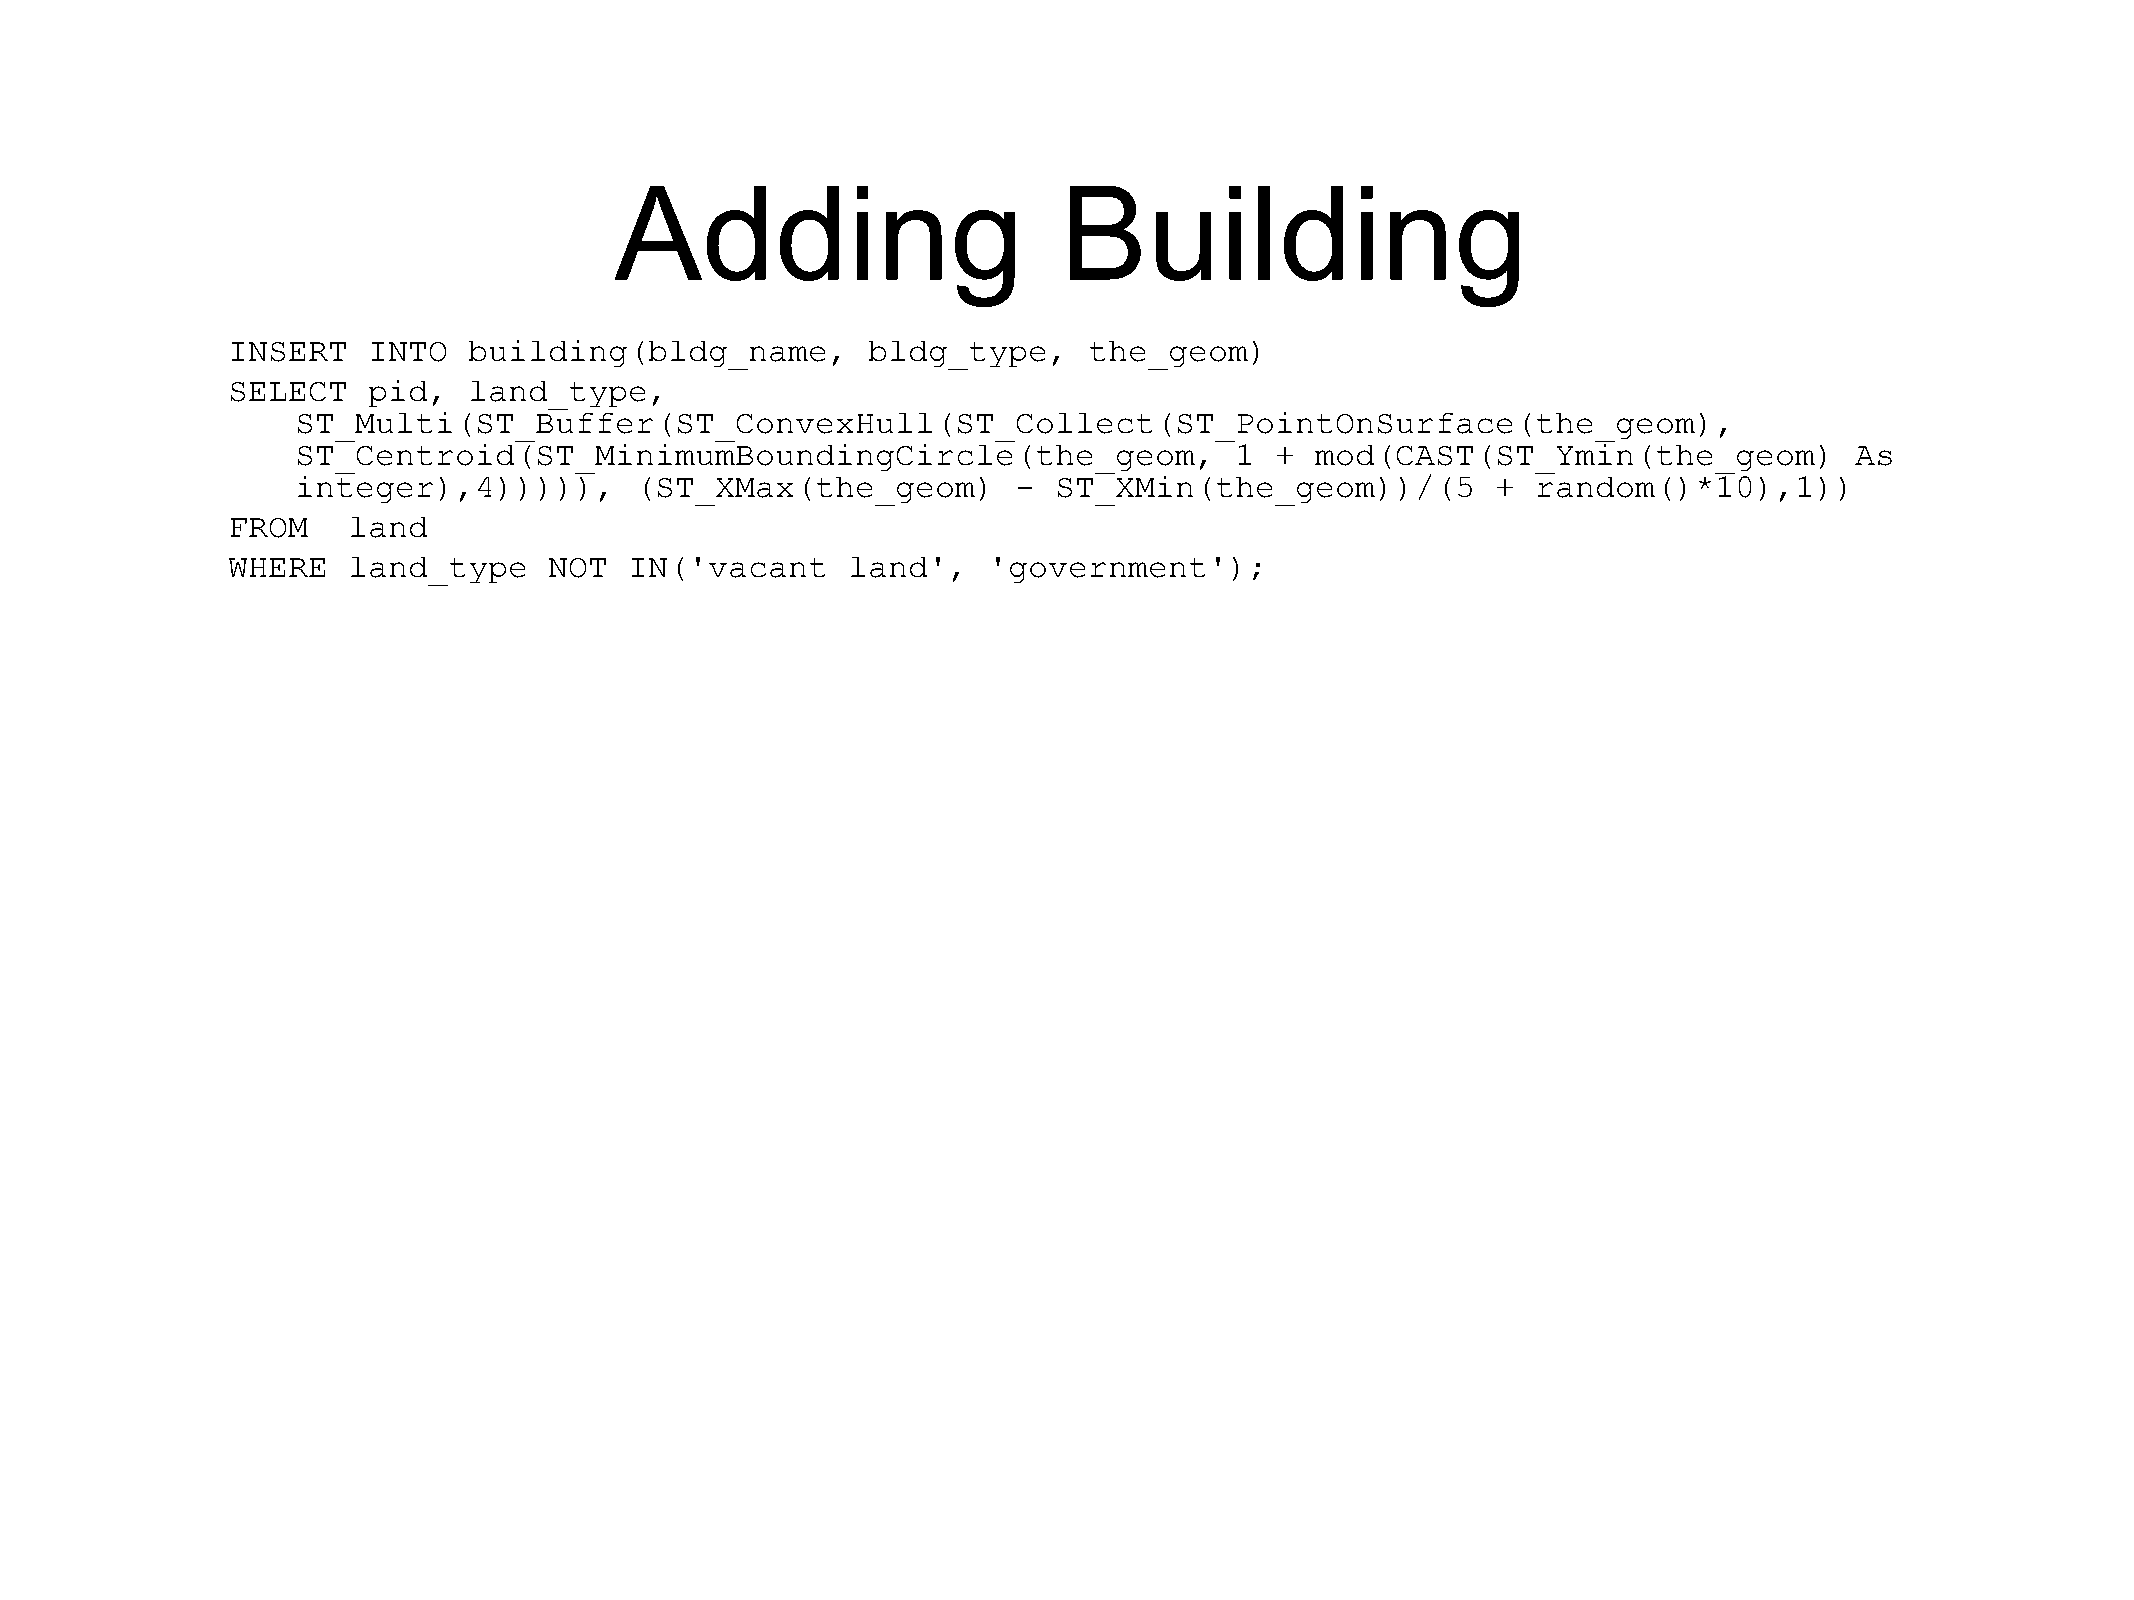
Adding                       Building
 INSERT   INTO   building(bldg_name,       bldg_type,     the_geom)
 SELECT   pid,   land_type,
 ST_Multi(ST_Buffer(ST_ConvexHull(ST_Collect(ST_PointOnSurface(the_geom),
 ST_Centroid(ST_MinimumBoundingCircle(the_geom,                1 +  mod(CAST(ST_Ymin(the_geom)          As
 integer),4))))),      (ST_XMax(the_geom)       -  ST_XMin(the_geom))/(5        +  random()*10),1))
 FROM    land
 WHERE   land_type    NOT   IN('vacant    land',   'government');